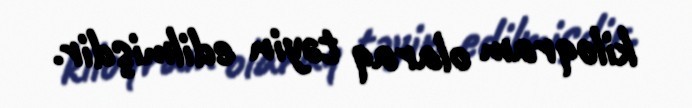
kiloqram olaraq təyin edilmişdir.